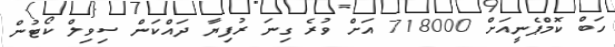
ހަބް ކޮމްޕެނީއަށް 718000 އަށް ވުރެ ގިނަ ރުފިޔާ ދައްކަން ސިވިލް ކޯޓުން